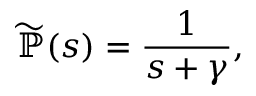
{ \widetilde { \mathbb { P } } } ( s ) = \frac { 1 } { s + \gamma } ,